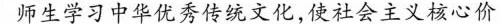
师生学习中华优秀传统文化，使社会主义核心价